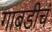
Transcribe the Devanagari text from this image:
गाबडीचं